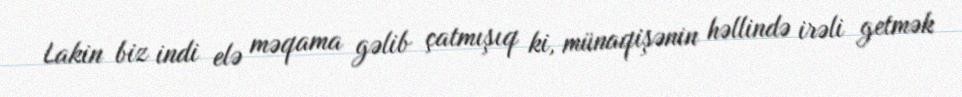
Lakin biz indi elə məqama gəlib çatmışıq ki, münaqişənin həllində irəli getmək